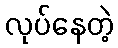
လုပ်နေတဲ့